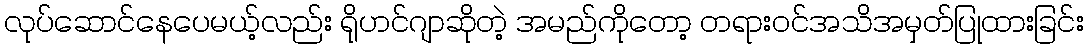
လုပ်ဆောင်နေပေမယ့်လည်း ရိုဟင်ဂျာဆိုတဲ့ အမည်ကိုတော့ တရားဝင်အသိအမှတ်ပြုထားခြင်း